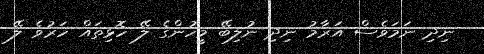
ނިދި ނަމަވެސް އަރާމު ނިދި ނުލިބޭ މީހުންގެ ލޭ ހޮޅިތައް ހަރުވެ ލޭ